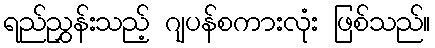
ရည်ညွှန်းသည့် ဂျပန်စကားလုံး ဖြစ်သည်။